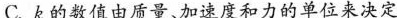
C.k的数值由质量、加速度和力的单位来决定